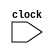
module Queue(
  input   clock
);
endmodule